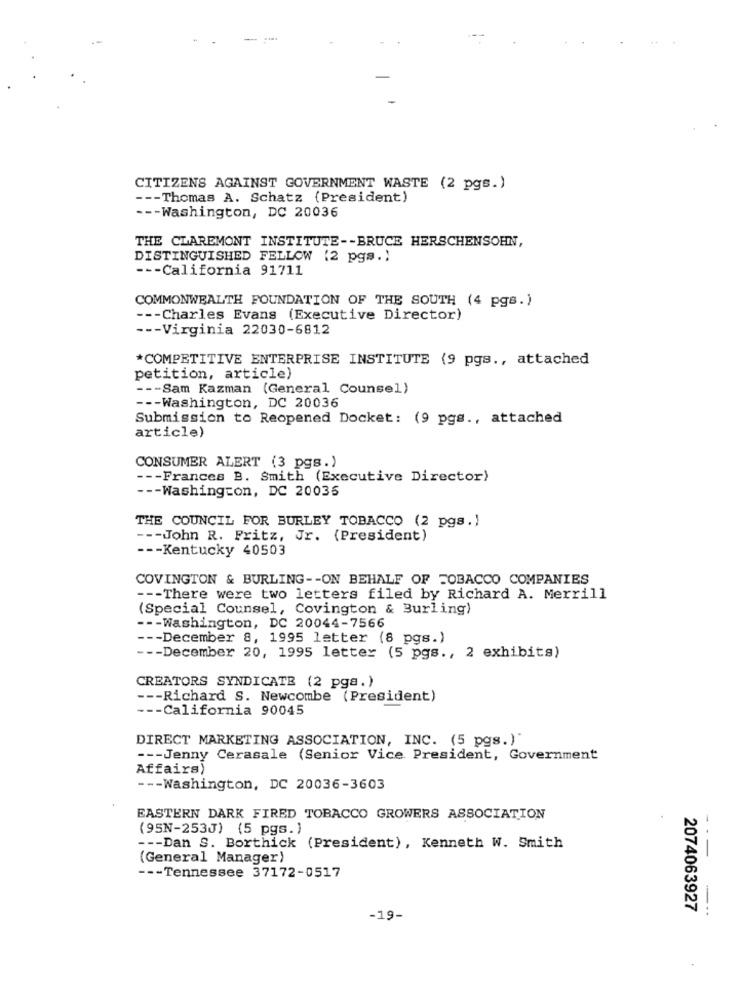
-
CITIZENS AGAINST GOVERNMENT WASTE (2 pgs.)
--- Thomas A. Schatz (President)
--- Washington, DC 20036
THE CLAREMONT INSTITUTE -- BRUCE HERSCHENSOHN,
DISTINGUISHED FELLOW (2 pgs.)
--- California 91711
COMMONWEALTH FOUNDATION OF THE SOUTH (4 pgs.)
--- Charles Evans (Executive Director)
--- Virginia 22030-6812
*COMPETITIVE ENTERPRISE INSTITUTE (9 pgs ., attached
petition, article)
--- Sam Kazman (General Counsel)
--- Washington, DC 20036
Submission to Reopened Docket: (9 pgs ., attached
article)
CONSUMER ALERT (3 pgs.)
--- Frances B. Smith (Executive Director)
--- Washington, DC 20035
THE COUNCIL FOR BURLEY TOBACCO (2 pgs.)
--- John R. Fritz, Jr. (President)
--- Kentucky 40503
COVINGTON & BURLING -- ON BEHALF OF TOBACCO COMPANIES
--- There were two letters filed by Richard A. Merrill
(Special Counsel, Covington & Burling)
--- Washington, DC 20044-7566
--- December 8, 1995 letter (8 pgs.)
--- December 20, 1995 letter (5 pgs ., 2 exhibits)
CREATORS SYNDICATE (2 pga.)
--- Richard S. Newcombe (President)
--- California 90045
DIRECT MARKETING ASSOCIATION, INC. (5 pgs.)"
--- Jenny Cerasale (Senior Vice President, Government
Affairs)
--- Washington, DC 20036-3603
EASTERN DARK FIRED TOBACCO GROWERS ASSOCIATION
(95N-253J) (5 pgs.)
--- Dan S. Borthick (President) , Kenneth W. Smith
(General Manager)
--- Tennessee 37172-0517
2074063927
...
-19-